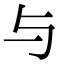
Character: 与